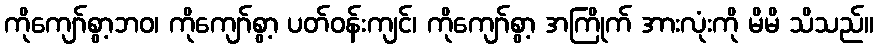
ကိုကျော်စွာ့ဘဝ၊ ကိုကျော်စွာ့ ပတ်ဝန်းကျင်၊ ကိုကျော်စွာ့ အကြိုက် အားလုံးကို မိမိ သိသည်။